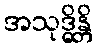
အသုဒ္ဓိန္တိ